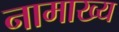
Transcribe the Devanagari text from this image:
नामाख्य